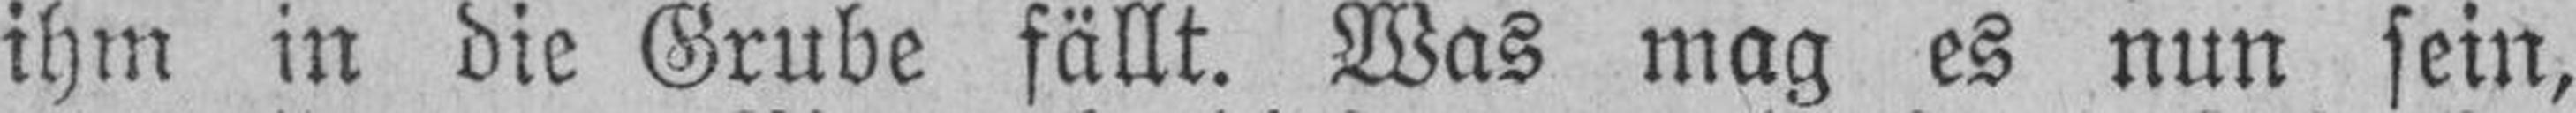
ihm in die Grube fällt. Was mag es nun sein,